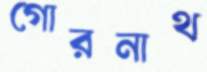
গোরনাথ